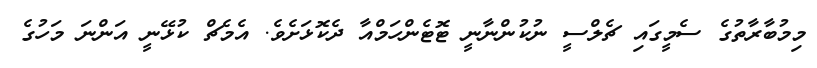
މިމުބާރާތުގެ ސެމީގައި ޗެލްސީ ނުކުންނާނީ ޓޮޓެންހަމްއާ ދެކޮޅަށެވެ. އެމެޗް ކުޅޭނީ އަންނަ މަހުގެ